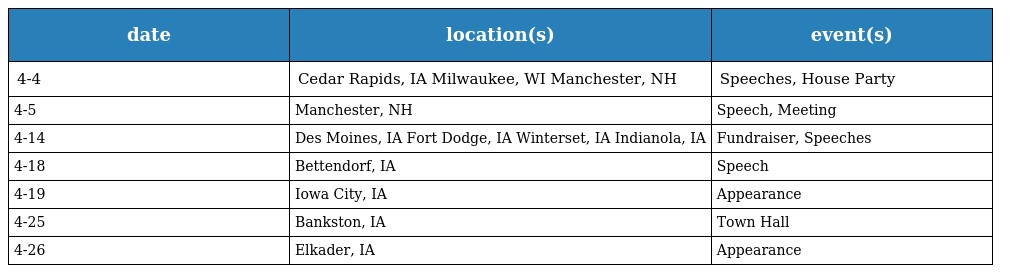
| date | location(s) | event(s) |
 | --- | --- | --- |
 | 4-4 | Cedar Rapids, IA Milwaukee, WI Manchester, NH | Speeches, House Party |
 | 4-5 | Manchester, NH | Speech, Meeting |
 | 4-14 | Des Moines, IA Fort Dodge, IA Winterset, IA Indianola, IA | Fundraiser, Speeches |
 | 4-18 | Bettendorf, IA | Speech |
 | 4-19 | Iowa City, IA | Appearance |
 | 4-25 | Bankston, IA | Town Hall |
 | 4-26 | Elkader, IA | Appearance |